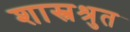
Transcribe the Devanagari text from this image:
शास्त्रश्रुत